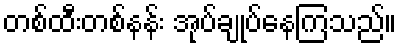
တစ်ထီးတစ်နန်း အုပ်ချုပ်နေကြသည်။